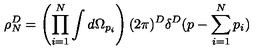
\rho _ { N } ^ { D } = \left( \prod _ { i = 1 } ^ { N } \int d \Omega _ { p _ { i } } \right) ( 2 \pi ) ^ { D } \delta ^ { D } ( p - \sum _ { i = 1 } ^ { N } p _ { i } )